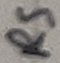
Text: RS